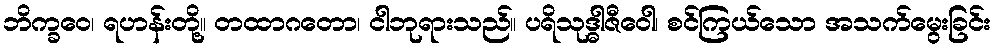
ဘိက္ခဝေ၊ ရဟန်းတို့။ တထာဂတော၊ ငါဘုရားသည်။ ပရိသုဒ္ဓါဇီဝေါ၊ စင်ကြယ်သော အသက်မွေးခြင်း